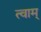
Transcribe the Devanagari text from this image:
त्वाम्